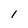
Character: I